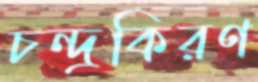
চন্দ্রকিরণ